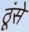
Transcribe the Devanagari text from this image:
ठूंसे